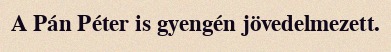
A Pán Péter is gyengén jövedelmezett.